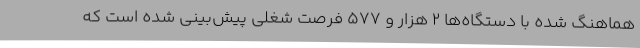
هماهنگ شده با دستگاه‌ها 2 هزار و 577 فرصت شغلی پیش‌بینی شده است که